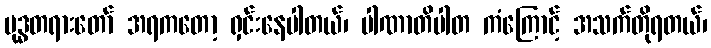
ဗုဒ္ဓတရားတော် အရကတော့ ရှင်းနေပါတယ်၊ ပါဏာတိပါတ ကံကြောင့် အသက်တိုရတယ်၊